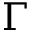
\boldsymbol { \Gamma }